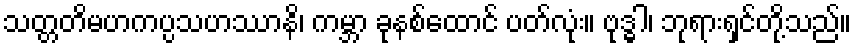
သတ္တတိမဟကပ္ပသဟဿာနိ၊ ကမ္ဘာ ခုနစ်ထောင် ပတ်လုံး။ ဗုဒ္ဓါ၊ ဘုရားရှင်တို့သည်။